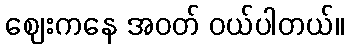
ဈေးကနေ အဝတ် ဝယ်ပါတယ်။